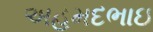
અહમદભાઇ